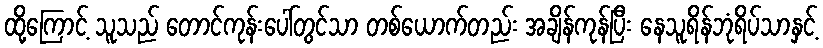
ထို့ကြောင့် သူသည် တောင်ကုန်းပေါ်တွင်သာ တစ်ယောက်တည်း အချိန်ကုန်ပြီး နေသူရိန်ဘုံရိပ်သာနှင့်